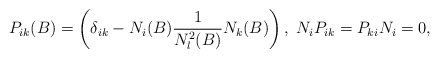
\begin{align*}P_{ik} (B) = \left( \delta_{ik} - N_i(B) \frac{1}{N_l^2(B)} N_k(B) \right),\; N_i P_{ik} = P_{ki} N_i = 0,\end{align*}